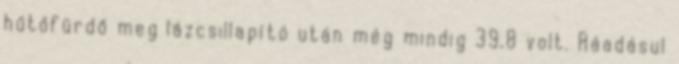
hűtőfürdő meg lázcsillapító után még mindig 39,8 volt. Ráadásul